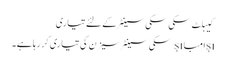
کیبلٹ سکی سکی سینٹر کے لئے تیاری
şıامباşı سکی سینٹر سیزن کی تیاری کر رہا ہے۔